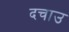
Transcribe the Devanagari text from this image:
दचाउ